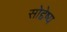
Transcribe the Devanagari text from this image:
सोद्देष्य